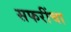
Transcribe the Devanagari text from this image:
सफरींचा